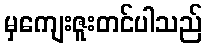
မှကျေးဇူးတင်ပါသည်